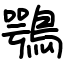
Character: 鶚